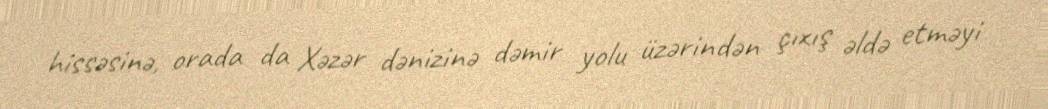
hissəsinə, orada da Xəzər dənizinə dəmir yolu üzərindən çıxış əldə etməyi